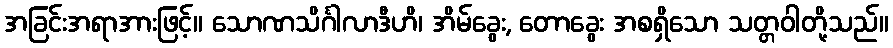
အခြင်းအရာအားဖြင့်။ သောဏသိင်္ဂါလာဒီဟိ၊ အိမ်ခွေး, တောခွေး အစရှိသော သတ္တဝါတို့သည်။